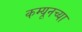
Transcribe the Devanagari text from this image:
कम्यूनच्या